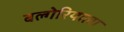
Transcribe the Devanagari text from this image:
बल्गेरियाला